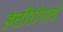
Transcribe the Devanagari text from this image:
हत्तीरोगाचे